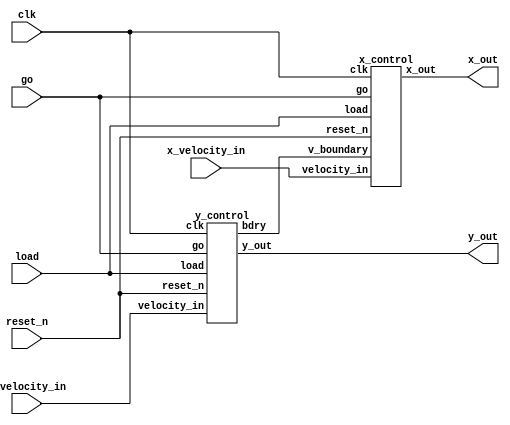
module xy_control(
	clk, 
	reset_n, 
	y_velocity_in, 
	x_velocity_in,
	go,
	y_out,
	x_out,
	load
	);
	
	input [4:0] y_velocity_in, x_velocity_in;
	input clk, reset_n, go, load;
	output [8:0] x_out;
	output [7:0] y_out;
	
	wire v_boundary;
	
	
	y_control y_control0(
	.velocity_in(y_velocity_in),
	.clk(clk), 
	.reset_n(reset_n), 
	.go(go), 
	.y_out(y_out), 
	.load(load), 
	.bdry(v_boundary)
	);
	
	x_control x_control0(
	.velocity_in(x_velocity_in), 
	.clk(clk), 
	.reset_n(reset_n), 
	.go(go), 
	.x_out(x_out), 
	.load(load), 
	.v_boundary(v_boundary)
	);
	
endmodule

//Y control unit
module y_control(velocity_in, clk, reset_n, go, y_out, load, bdry);
	input clk, reset_n, go, load;
	output [7:0] y_out;
	input [4:0] velocity_in;
	output bdry;
	
	wire boundary, max, up;
	wire [4:0] velocity;
	
	y_counter counter0(
	.velocity(velocity),
	.clk(clk),
	.reset_n(reset_n),
	.go(go),
	.up(up),
	.boundary(boundary), 
	.y_out(y_out), 
	.max(max)
	);
	
	y_velocity velocity0(
	.velocity_i(velocity_in), 
	.boundary(boundary), 
	.clk(clk), 
	.reset_n(reset_n), 
	.velocity_out(velocity), 
	.up(up), 
	.max(max), 
	.go(go), 
	.load(load)
	);
	
	assign bdry = boundary;
	
endmodule


module y_counter(velocity, clk, reset_n, go, up, boundary, y_out, max);
	input clk, reset_n, go, max;
	output reg up, boundary;
	input [4:0] velocity;
	output reg [7:0] y_out;
	
	wire [7:0] down_compare;
	assign down_compare = 8'd207 - {3'b000, velocity};
	
	
	always @(posedge clk) begin
	
		//reset
		if (!reset_n) begin
			up <= 1;
			y_out <= 8'd207;
			boundary <= 0;
		end
		
		//Frame starts drawing
		else if (go) begin
			//When going up
			if (up) begin
				//When y peaks
				if (max) begin
					up <= 0;
					boundary <= 0;
					y_out <= y_out;
				end
				
				//When bumps boundary
				else if (y_out <= velocity) begin
					up <= 0;
					boundary <= 1;
					y_out <= 8'd0;
				end
				
				//Normal up
				else begin
					up <= 1;
					boundary <= 0;
					y_out <= y_out - {3'b000, velocity};
				end
				
			end
			
			//When going down
			else begin
				//When bumps boundary
				if (y_out >= down_compare) begin
					up <= 1;
					boundary <= 1;
					y_out <= 8'd207;
				end
				
				//Normal fall
				else begin
					up <= 0;
					boundary <= 0;
					y_out <= y_out + {3'b000, velocity};
				end
				
			end
			
		end
		
	end
	
endmodule

module y_velocity(velocity_i, boundary, clk, reset_n, velocity_out, up, max, go, load);
	input [4:0] velocity_i;
	input clk, boundary, reset_n, up, go, load;
	output reg [4:0] velocity_out;
	output reg max;
	
	always @(posedge clk) begin
	//reset
	if (!reset_n) begin
		velocity_out <= 5'd0;
		max <= 0;
	end
	
	//Load initial velocity
	else if (load) begin
		if (velocity_i > 5'd30) begin
			velocity_out <= 5'd30;
			max <= 0;
		end
		else begin
			velocity_out <= velocity_i;
			max <= 0;
		end
	end
	
	//Actual change in velocity
	else if (go) begin
	
		//When velocity should be positive and decelerate by gravity
		if (up) begin
			//When bump into boundary
			if (boundary) begin
				max <= 0;
				velocity_out <= velocity_out >> 1;
			end
			
			//When reaches peak
			else if (velocity_out == 5'd0) begin
				max <= 1;
				velocity_out <= velocity_out;
			end
			
			//Normal decelerate
			else begin
				max <= 0;
				velocity_out <= velocity_out - 1;
			end
			
		end
		
		//When velocity should be negative
		else begin
			//When bump into boundary
			if (boundary) begin
				max <= 0;
				velocity_out <= velocity_out >> 1;
			end
			
			//Terminal velocity
			else if (velocity_out == 5'd30) begin
				velocity_out <= 5'd30;
				max <= 0;
			end
			
			//Normal acceleration
			else begin
				velocity_out <= velocity_out + 1;
				max <= 0;
			end
		end
	end
	
	end	
	
endmodule

//x control unit
module x_control(velocity_in, clk, reset_n, go, x_out, load, v_boundary);
	input clk, reset_n, go, load, v_boundary;
	output [8:0] x_out;
	input [4:0] velocity_in;
	
	wire [4:0] velocity;
	wire boundary, all_boundary;
	
	assign all_boundary = boundary || v_boundary;
	
	x_counter counter0(
	.velocity(velocity), 
	.clk(clk), 
	.reset_n(reset_n), 
	.go(go), 
	.boundary(boundary), 
	.x_out(x_out)
	);
	
	x_velocity velocity0(
	.velocity_i(velocity_in), 
	.boundary(all_boundary), 
	.clk(clk), 
	.reset_n(reset_n), 
	.velocity_out(velocity), 
	.go(go), 
	.load(load)
	);
	
endmodule

module x_counter(velocity, clk, reset_n, go, boundary, x_out);
	input clk, reset_n, go;
	input [4:0] velocity;
	output reg [8:0] x_out;
	output reg boundary;
	
	reg right;
	
	wire [8:0] right_compare;
	assign right_compare = 9'd287 - {4'd0000, velocity};
	
	always @(posedge clk) begin
	
		//reset
		if (!reset_n) begin
			right <= 1;
			boundary <= 0;
			x_out <= 9'd0;
		end
		
		else if (go) begin
			//When going right
			if (right) begin
				//When bumps to boundary
				if (x_out >= right_compare) begin
					right <= 0;
					boundary <= 1;
					x_out <= 9'd287;
				end
				
				else begin
					right <= 1;
					boundary <= 0;
					x_out <= x_out + {4'd0000, velocity};
				end
			end
			
			//When going left
			else begin
				//When bumps to boundary
				if (x_out <= velocity) begin
					right <= 1;
					boundary <= 1;
					x_out <= 9'd0;
				end
				
				else begin
					right <= 0;
					boundary <= 0;
					x_out <= x_out - {4'd0000, velocity};
				end
			end
			
		end
	
	end
	
endmodule

module x_velocity(velocity_i, boundary, clk, reset_n, velocity_out, go, load);
	input [4:0] velocity_i;
	input clk, reset_n, boundary, go, load;
	output reg [4:0] velocity_out;
	
	always @(posedge clk) begin
	//reset
	if (!reset_n) begin
		velocity_out <= 5'd0;
	end
	
	//Load initial velocity
	else if (load) begin
		//When input is larger than terminal V
		if (velocity_i > 5'd30) begin
			velocity_out <= 5'd30;
		end
		
		else begin
			velocity_out <= velocity_i;
		end
	end
	
	//Actual change in velocity
	else if (go) begin
		if (boundary) begin
			velocity_out <= velocity_out >> 1;
		end
		
		else begin
			velocity_out <= velocity_out;
		end
	end
	
	end
	
endmodule